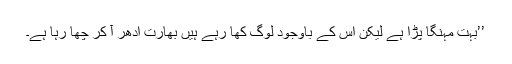
’’بہت مہنگا پڑا ہے لیکن اس کے باوجود لوگ کھا رہے ہیں بھارت ادھر آ کر چھا رہا ہے۔